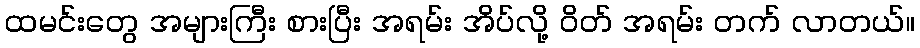
ထမင်းတွေ အများကြီး စားပြီး အရမ်း အိပ်လို့ ဝိတ် အရမ်း တက် လာတယ်။